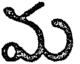
మ